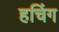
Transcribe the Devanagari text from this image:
हचिंग